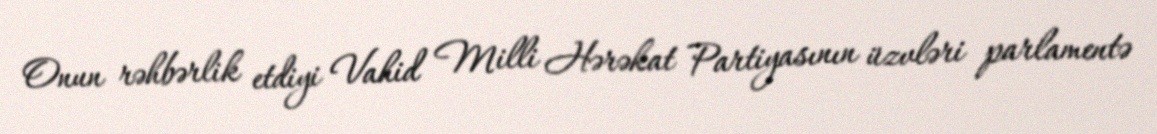
Onun rəhbərlik etdiyi Vahid Milli Hərəkat Partiyasının üzvləri parlamentə